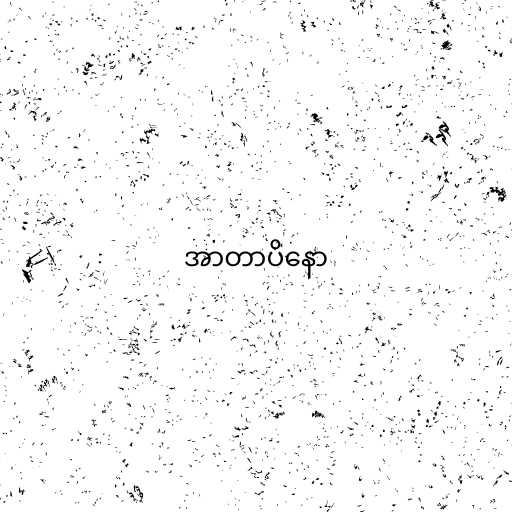
အာတာပိနော